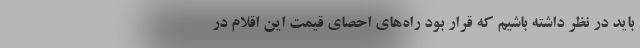
باید در نظر داشته باشیم که قرار بود راه‌های احصای قیمت این اقلام در